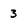
Character: 3